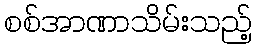
စစ်အာဏာသိမ်းသည့်